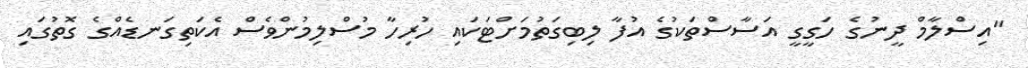
"އިސްލާމް ދީނުގެ ހަގީގީ އަސާސްތަކުގެ އުފާ ލިބިގަތުމަށްޓަކައި ހުރިހާ މުސްލިމުންވެސް އެކަތިގަނޑެއްގެ ގޮތުގައި